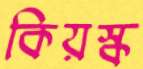
কিয়স্ক